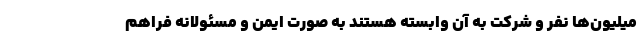
میلیون‌ها نفر و شرکت به آن وابسته هستند به صورت ایمن و مسئولانه فراهم